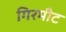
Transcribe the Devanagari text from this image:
गिरमीट